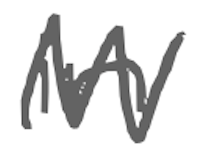
Text: in
Cross-out: zig-zag
Writing tool: digital_gray